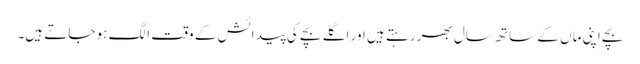
بچے اپنی ماں کے ساتھ سال بھر رہتے ہیں اور اگلے بچے کی پیدائش کے وقت الگ ہو جاتے ہیں۔